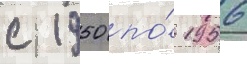
с 1950 по́ 1956